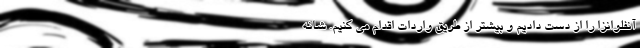
آنفلوانزا را از دست دادیم و بیشتر از طریق واردات اقدام می کنیم. شانه